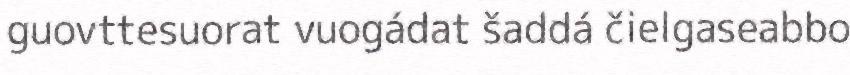
guovttesuorat vuogádat šaddá čielgaseabbo